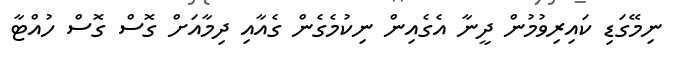
ނިމޭގަޑި ކައިރިވުމުން ދީނާ އެގެއިން ނިކުމެގެން ގެއާއި ދިމާއަށް ގޮސް ގޮސް ހުއްޓާ